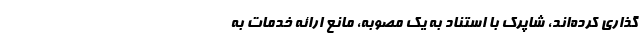
‌گذاری کرده‌اند، شاپرک با استناد به یک مصوبه، مانع ارائه خدمات به